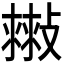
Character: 𢿷